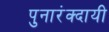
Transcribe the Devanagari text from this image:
पुनारंक्दायी